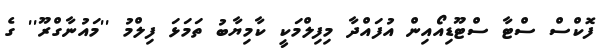
ފޮކްސް ސްޓާ ސްޓޫޑިއޯއިން އުފައްދާ މިފިލްމަކީ ކާމިޔާބު ތަމަޅަ ފިލްމު ''މައުނާގްރޫ'' ގެ